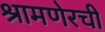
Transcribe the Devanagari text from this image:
श्रामणेरची